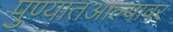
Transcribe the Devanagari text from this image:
पुण्यातआल्यावर